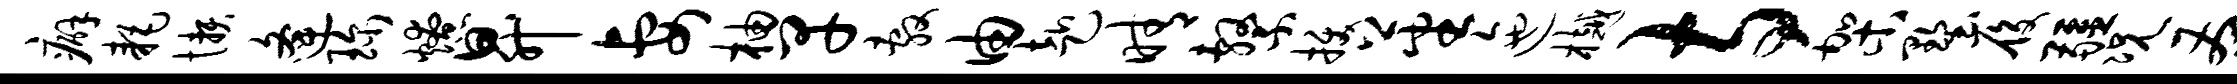
癖耗懒逄珍燎升妻柚早敷由赴晴系拔蕃迤樾寺架墅履疆况茶